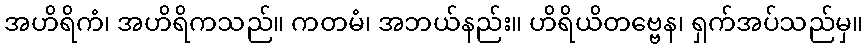
အဟိရိကံ၊ အဟိရိကသည်။ ကတမံ၊ အဘယ်နည်း။ ဟိရိယိတဗ္ဗေန၊ ရှက်အပ်သည်မှ။